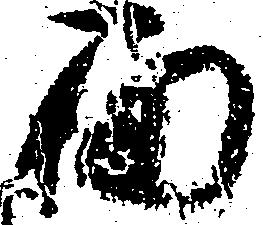
面